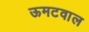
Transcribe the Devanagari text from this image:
ऊमटवाल